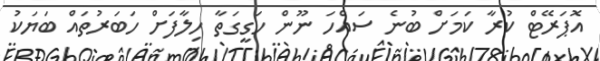
އޮޕަރޭޓް ކުރާ ކަމަށް ބުނެ ސައްހަ ނޫން ހަގީގަތާ ހިލާފަށް ހަބަރުތައް ބަޔަކު